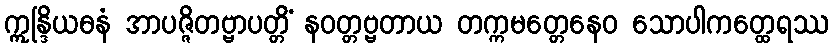
ဣန္ဒြိယဓနံ အာပဇ္ဇိတဗ္ဗာပတ္တိံ နဝတ္တဗ္ဗတာယ တက္ကမတ္တေနေဝ သောပါကတ္ထေရဿ